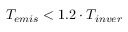
{ T _ { e m i s } } < 1 . 2 \cdot { T _ { i n v e r } }